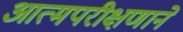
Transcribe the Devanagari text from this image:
आत्मपरीक्षणाने